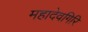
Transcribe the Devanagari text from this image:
महादेवगिरि